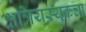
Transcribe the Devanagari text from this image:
क्षत्रियस्युकचा